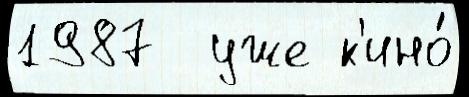
1987  уже к'ино́